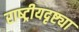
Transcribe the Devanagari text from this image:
राष्‍ट्रीयदृष्ट्या